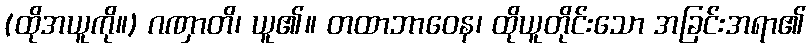
(ထိုအယူကို။) ဂဏှာတိ၊ ယူ၏။ တထာဘာဝေန၊ ထိုယူတိုင်းသော အခြင်းအရာ၏